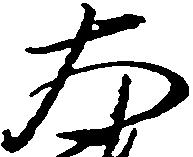
大